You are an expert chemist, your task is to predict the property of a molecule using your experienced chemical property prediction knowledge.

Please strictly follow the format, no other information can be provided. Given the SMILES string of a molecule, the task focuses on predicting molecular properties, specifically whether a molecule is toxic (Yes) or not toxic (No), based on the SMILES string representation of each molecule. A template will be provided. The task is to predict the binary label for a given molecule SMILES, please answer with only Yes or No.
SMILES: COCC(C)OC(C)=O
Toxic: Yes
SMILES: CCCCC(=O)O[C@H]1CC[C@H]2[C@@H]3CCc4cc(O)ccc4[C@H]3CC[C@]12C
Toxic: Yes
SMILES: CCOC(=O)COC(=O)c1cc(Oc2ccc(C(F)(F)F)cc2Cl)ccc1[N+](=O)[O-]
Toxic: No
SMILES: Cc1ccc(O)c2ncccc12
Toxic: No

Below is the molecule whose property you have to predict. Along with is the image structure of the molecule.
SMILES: CO[C@@H]1[C@@H](OC(N)=O)[C@@H](O)[C@H](Oc2ccc3c([O-])c(NC(=O)c4ccc(O)c(CC=C(C)C)c4)c(=O)oc3c2C)OC1(C)C
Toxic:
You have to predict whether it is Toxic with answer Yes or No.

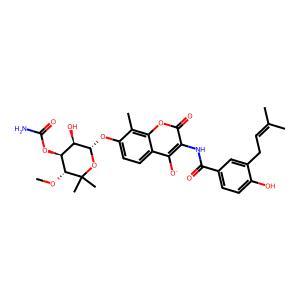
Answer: No